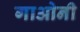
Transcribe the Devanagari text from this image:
गाओनी